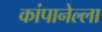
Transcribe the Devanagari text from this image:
कांपानेल्ला